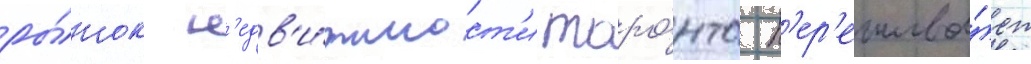
ры́нок н'едв'и́жимост'и торо́нто п'ер'ежива́ет